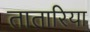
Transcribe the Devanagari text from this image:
तातारिया